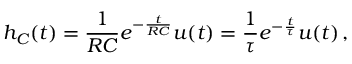
h _ { C } ( t ) = { \frac { 1 } { R C } } e ^ { - { \frac { t } { R C } } } u ( t ) = { \frac { 1 } { \tau } } e ^ { - { \frac { t } { \tau } } } u ( t ) \, ,